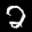
Label: 2